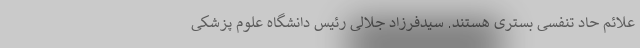
علائم حاد تنفسی بستری هستند. سیدفرزاد جلالی رئیس دانشگاه علوم پزشکی